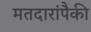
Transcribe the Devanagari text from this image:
मतदारांपैकी